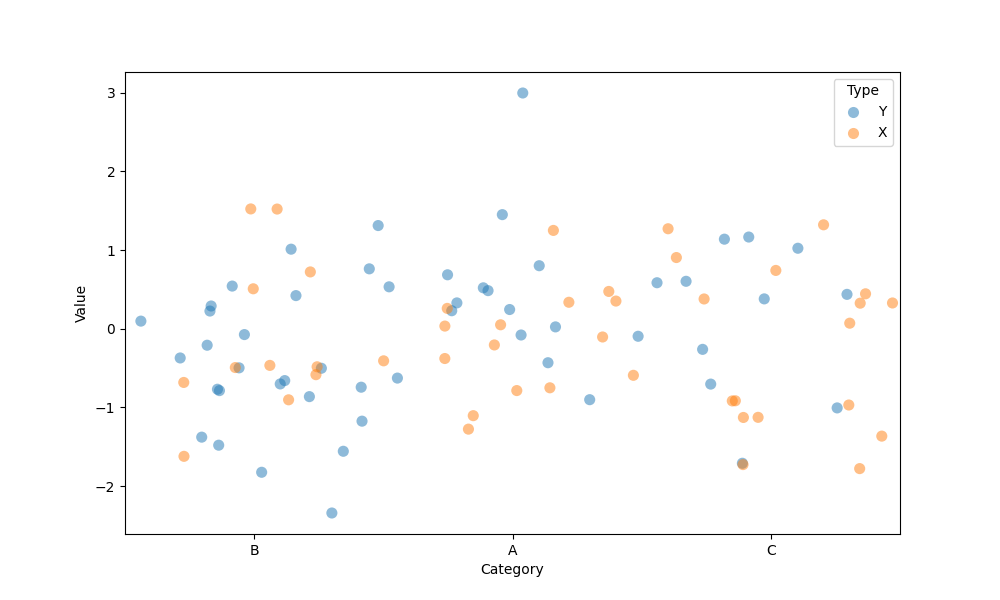
python, seaborn, stripplot, jitter=True, dodge=True, alpha=0.5, size=8